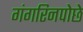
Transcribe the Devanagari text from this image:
गंगरिनपोछे